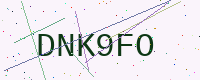
Text: DNK9FO